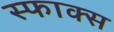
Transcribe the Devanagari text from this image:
स्फाक्स